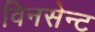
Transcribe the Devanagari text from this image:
विनसेन्ट